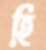
হি